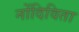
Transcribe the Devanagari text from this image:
नोंदिविता